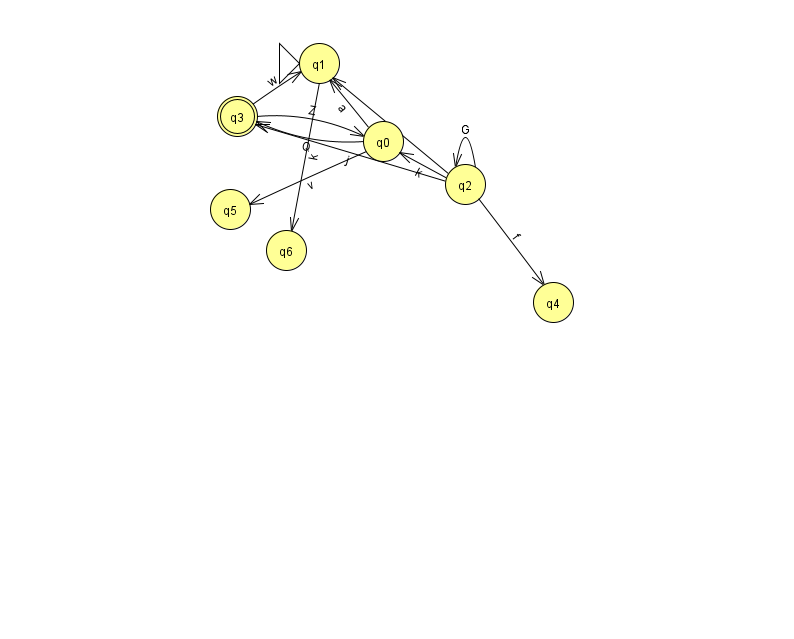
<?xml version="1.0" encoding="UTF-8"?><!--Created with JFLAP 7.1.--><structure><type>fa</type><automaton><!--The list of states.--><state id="0" name="q0"><x>383.0</x><y>128.0</y></state><state id="1" name="q1"><x>319.0</x><y>50.0</y><initial/></state><state id="2" name="q2"><x>465.0</x><y>171.0</y></state><state id="3" name="q3"><x>237.0</x><y>103.0</y><final/></state><state id="4" name="q4"><x>553.0</x><y>289.0</y></state><state id="5" name="q5"><x>230.0</x><y>196.0</y></state><state id="6" name="q6"><x>286.0</x><y>237.0</y></state><!--The list of transitions.--><transition><from>2</from><to>0</to><read>k</read></transition><transition><from>2</from><to>4</to><read>f</read></transition><transition><from>0</from><to>1</to><read>a</read></transition><transition><from>1</from><to>6</to><read>k</read></transition><transition><from>0</from><to>3</to><read>Q</read></transition><transition><from>2</from><to>1</to><read>h</read></transition><transition><from>2</from><to>3</to><read>j</read></transition><transition><from>3</from><to>1</to><read>w</read></transition><transition><from>2</from><to>2</to><read>G</read></transition><transition><from>3</from><to>0</to><read>Z</read></transition><transition><from>0</from><to>5</to><read>v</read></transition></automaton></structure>